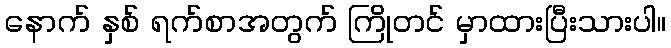
နောက် နှစ် ရက်စာအတွက် ကြိုတင် မှာထားပြီးသားပါ။